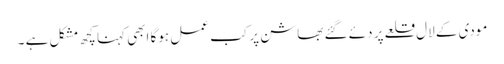
مودی کے لال قلعے پر دئے گئے بھاشن پر کب عمل ہوگا ابھی کہنا کچھ مشکل ہے ۔